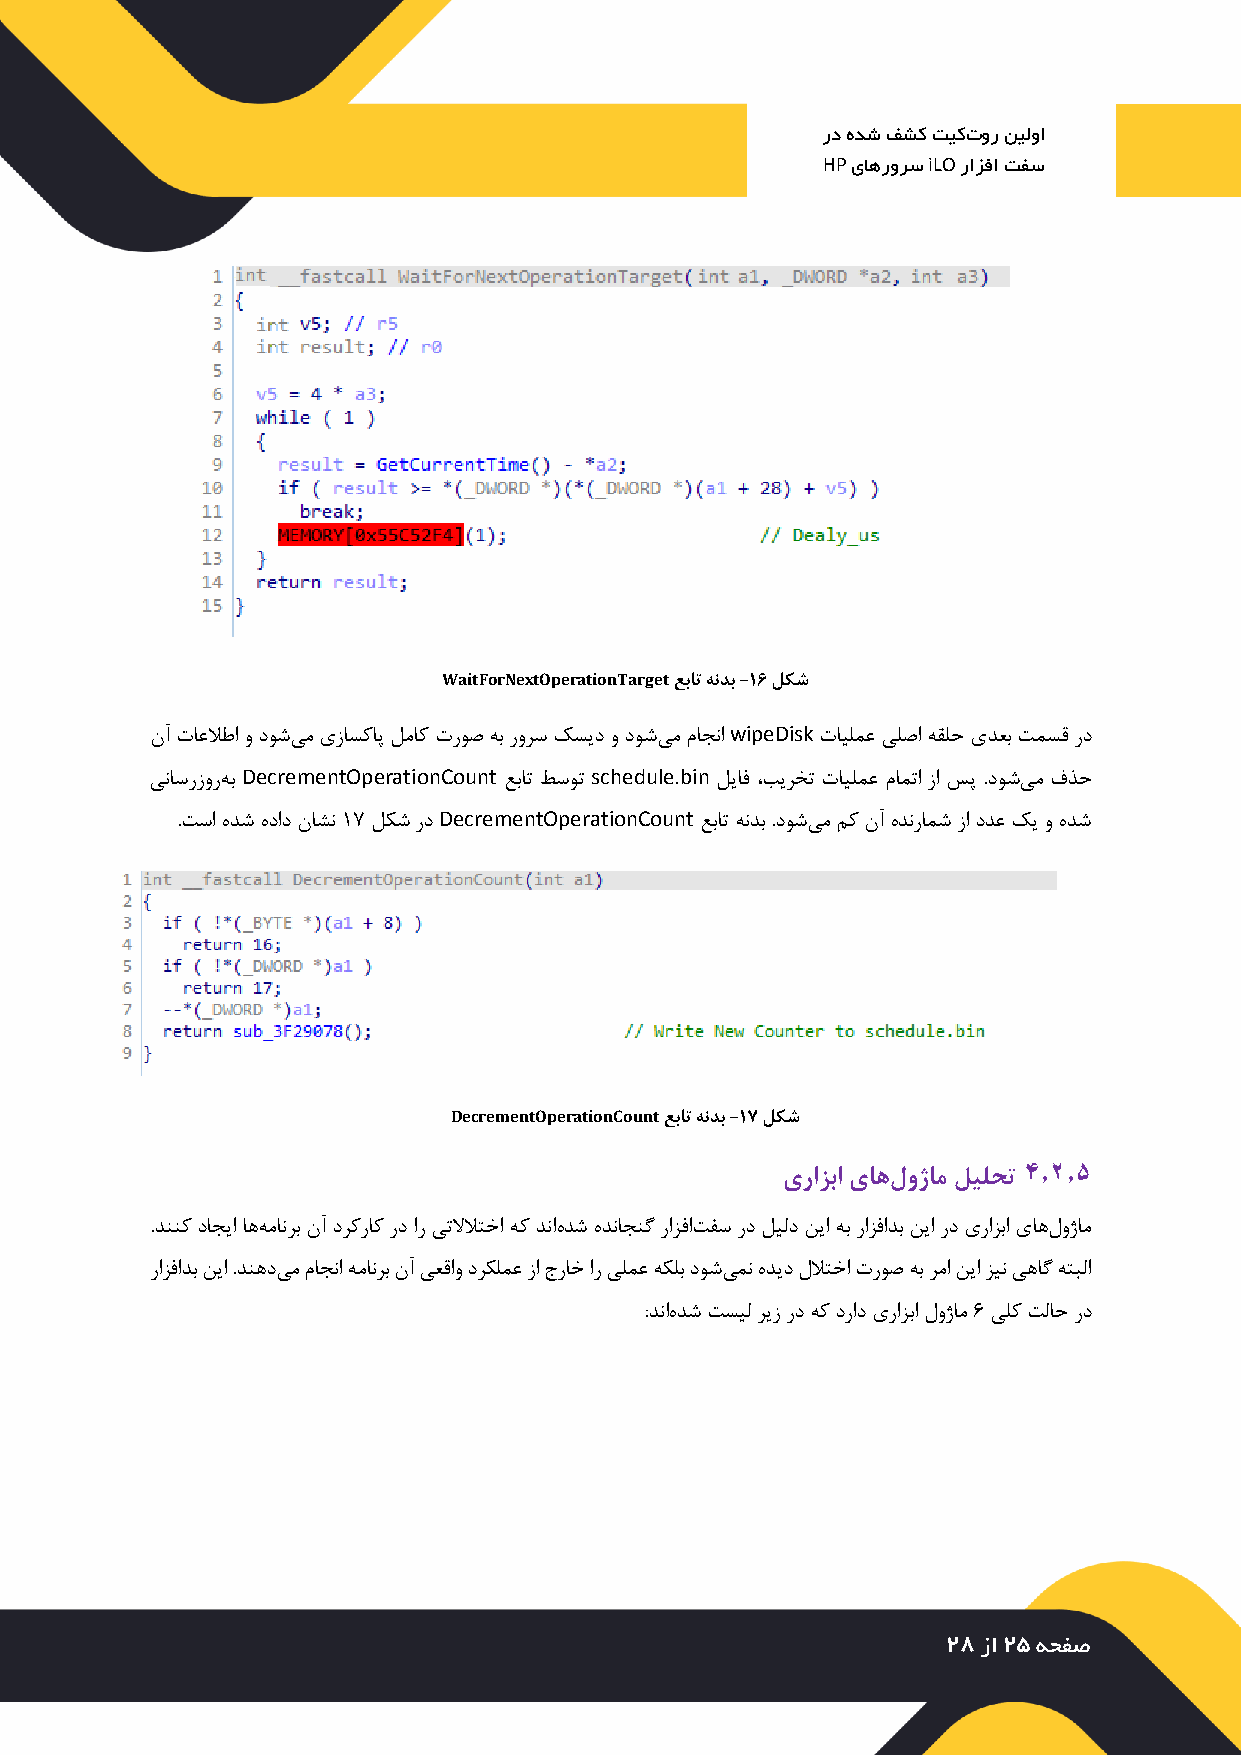
رد هدش فشک تیکتور نیلوا
 HP یاهرورس iLO رازفا تفس
 WaitForNextOperationTarget عبات هندب -16 لکش
 نآ تاعلاطا و دوشیم یزاسکاپ لماک تروص هب رورس کسید و دوشیم ماجنا wipeDisk تایلمع یلصا هقلح یدعب تمسق رد
 یناسرزورهب DecrementOperationCount عبات طسوت schedule.bin لیاف ،بیرخت تایلمع مامتا زا سپ .دوشیم فذح
 .تسا هدش هداد ناشن 17 لکش رد DecrementOperationCount عبات هندب .دوشیم مک نآ هدنرامش زا ددع کی و هدش
 DecrementOperationCount عبات هندب -17 لکش
 4.2.5
 یرازبا یاهلوژام لیلحت
 .دننک داجیا اههمانرب نآ درکراک رد ار یتلالاتخا هک دناهدش هدناجنگ رازفاتفس رد لیلد نیا هب رازفادب نیا رد یرازبا یاهلوژام
 رازفادب نیا .دنهدیم ماجنا همانرب نآ یعقاو درکلمع زا جراخ ار یلمع هکلب دوشیمن هدید للاتخا تروص هب رما نیا زین یهاگ هتبلا
 :دناهدش تسیل ریز رد هک دراد یرازبا لوژام 6 یلک تلاح رد
 28 زا 25 هحفص